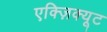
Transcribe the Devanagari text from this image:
एक्ज़िक्यूट